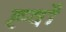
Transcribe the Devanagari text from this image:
ह्वाँ